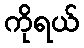
ကိုရယ်